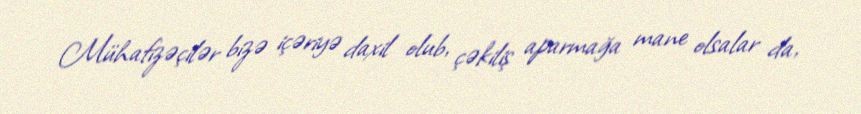
Mühafizəçilər bizə içəriyə daxil olub, çəkiliş aparmağa mane olsalar da,